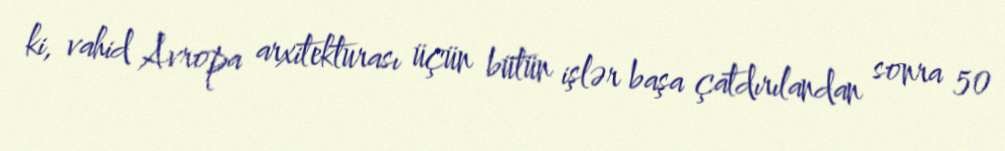
ki, vahid Avropa arxitekturası üçün bütün işlər başa çatdırılandan sonra 50